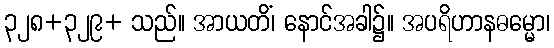
၃၂၈+၃၂၉+ သည်။ အာယတိံ၊ နောင်အခါ၌။ အပရိဟာနဓမ္မော၊